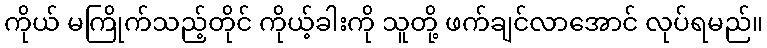
ကိုယ် မကြိုက်သည့်တိုင် ကိုယ့်ခါးကို သူတို့ ဖက်ချင်လာအောင် လုပ်ရမည်။